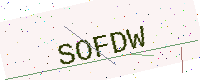
Text: SOFDW